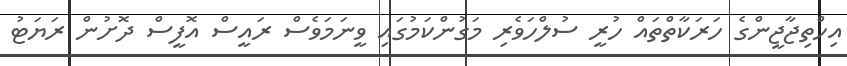
އިހްތިޖާޖީންގެ ހަރަކާތްތައް ހުރީ ސުލްހަވެރި މަގުންކަމުގައި ވީނަމަވެސް ރައީސް އޮފީސް ދޮށުން ރަޔަޓު